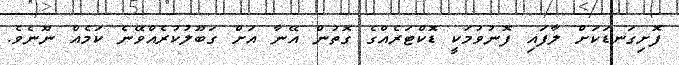
ފޮށިގަނޑަކަށް ލާފައި ފޮނުވުމަކީ ޑޮކްޓަރެއްގެ ގޮތުން އޭނާ އަށް ގަބޫލުކުރެއްވޭނެ ކަމެއް ނޫނެވެ.